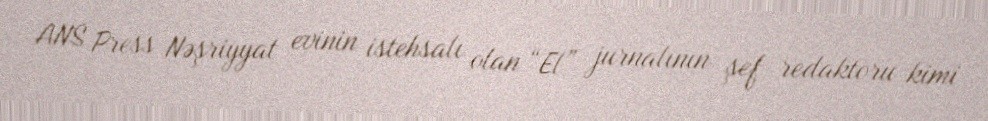
ANS Press Nəşriyyat evinin istehsalı olan “El” jurnalının şef redaktoru kimi